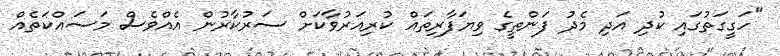
"ހަގީގަތުގައި ކުދި އަދި މެދު ފަންތީގެ ވިޔަފާރިތައް ކުރިއަރުވާކަށް ސަރުކާރުން އެއްވެސް މަސައްކަތެއް